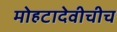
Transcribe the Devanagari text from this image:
मोहटादेवीचीच